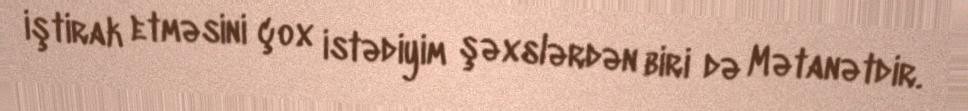
iştirak etməsini çox istədiyim şəxslərdən biri də Mətanətdir.